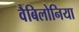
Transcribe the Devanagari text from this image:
वैबिलोनिया